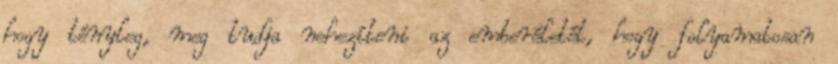
hogy tényleg, meg tudja nehezíteni az emberéletét, hogy folyamatosan